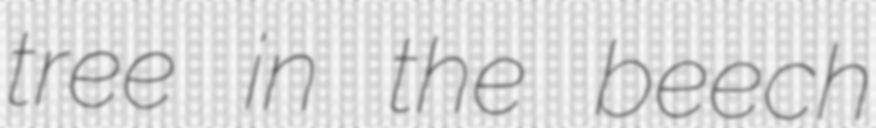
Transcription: tree in the beech